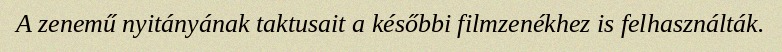
A zenemű nyitányának taktusait a későbbi filmzenékhez is felhasználták.